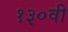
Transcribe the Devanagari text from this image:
१३०वी